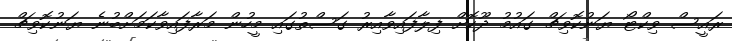
ރައީސް ވިކްޓޯ ޔަނުކޮވިޗް ގައުމު ދޫކޮށް ފިލާފައިވާއިރު ގަސްތުގައި މީހުން މަރާފައިވާކަމަށްބުނެ ޔަނުކޮވިޗް